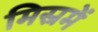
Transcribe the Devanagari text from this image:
मिस्रमें